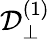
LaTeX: \mathcal{D}_{\perp}^{(1)}